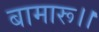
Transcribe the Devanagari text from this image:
बामारू।।